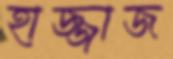
হাজ্জাজ